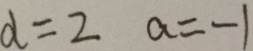
d = 2 a = - 1